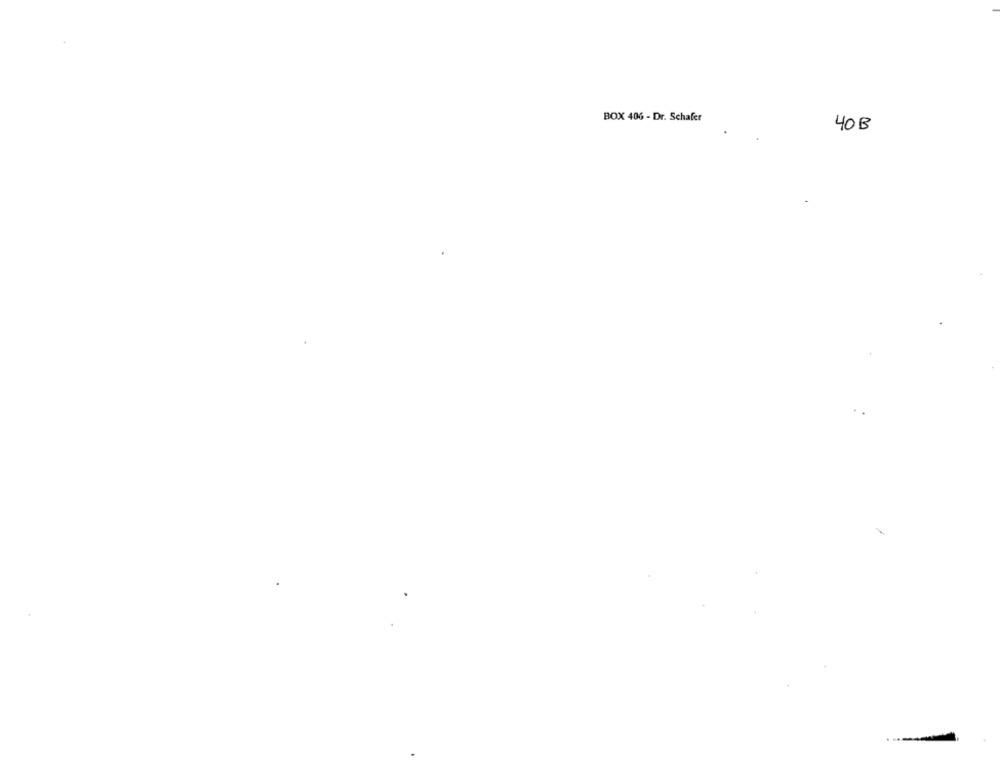
BOX 406 - Dr. Schafer
40B
--